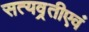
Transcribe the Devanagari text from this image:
सत्यव्रतीएवं